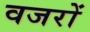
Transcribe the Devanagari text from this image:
वजरों